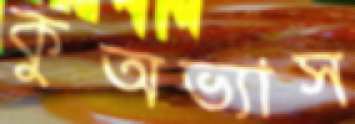
কুঅভ্যাস